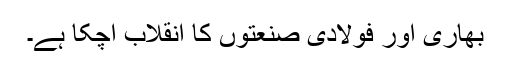
بھاری اور فولادی صنعتوں کا انقلاب آچکا ہے۔